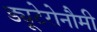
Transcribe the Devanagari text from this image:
ड्यूटेरोनौमी